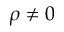
\rho \neq 0